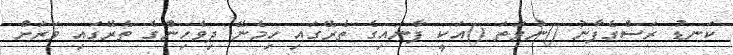
ކަނޑު ރަސްގެފާނު ()ނުވަތަ ()އަކީ ފާނައިގެ ތެރޭގައި ހިމެނޭ ދިވެހިންގެ ތެރޭގައި ވަރަށް